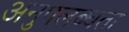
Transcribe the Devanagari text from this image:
अनुपलब्‍धता